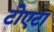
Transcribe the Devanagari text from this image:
टोएटा